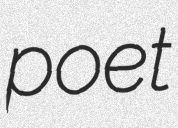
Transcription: poet